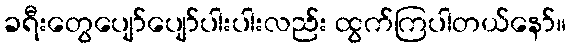
ခရီးတွေပျော်ပျော်ပါးပါးလည်း ထွက်ကြပါတယ်နော်။